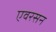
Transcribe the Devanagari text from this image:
एवरसन